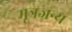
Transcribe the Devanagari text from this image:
मूत्रजन्य